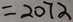
= 2 0 7 2